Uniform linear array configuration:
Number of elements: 24
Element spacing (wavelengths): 0.5
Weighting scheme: binomial
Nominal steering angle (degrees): -60
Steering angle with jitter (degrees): -58.536
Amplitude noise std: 0.05
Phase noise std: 0.05

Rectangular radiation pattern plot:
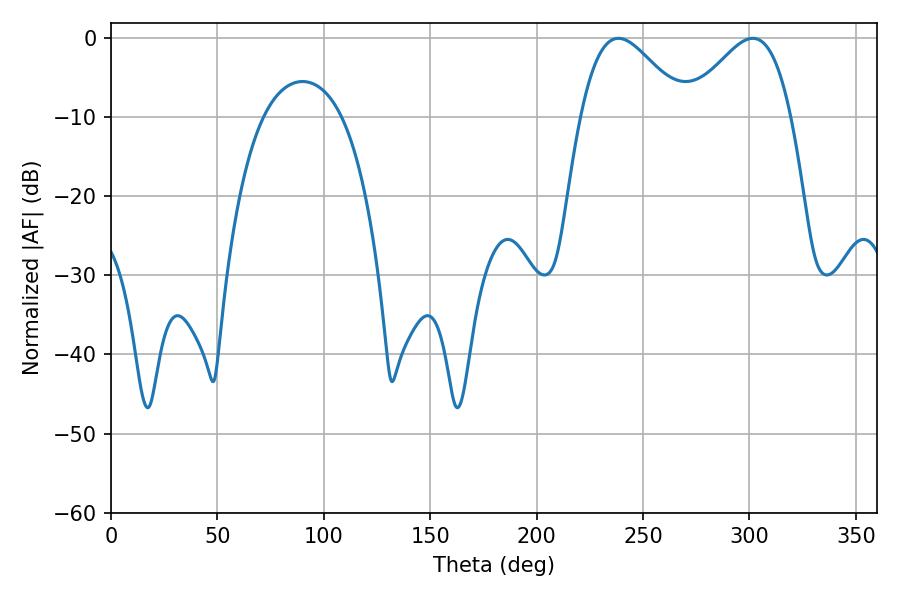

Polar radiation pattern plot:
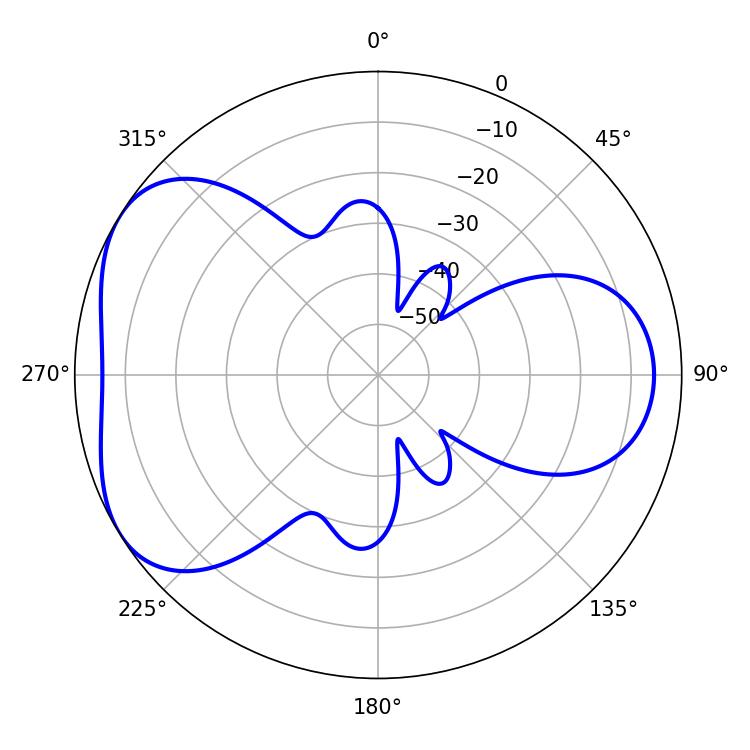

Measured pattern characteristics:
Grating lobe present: FALSE
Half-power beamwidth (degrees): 26.28
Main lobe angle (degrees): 238.5